Vana-Antsla_vallavalitsus, lk 29
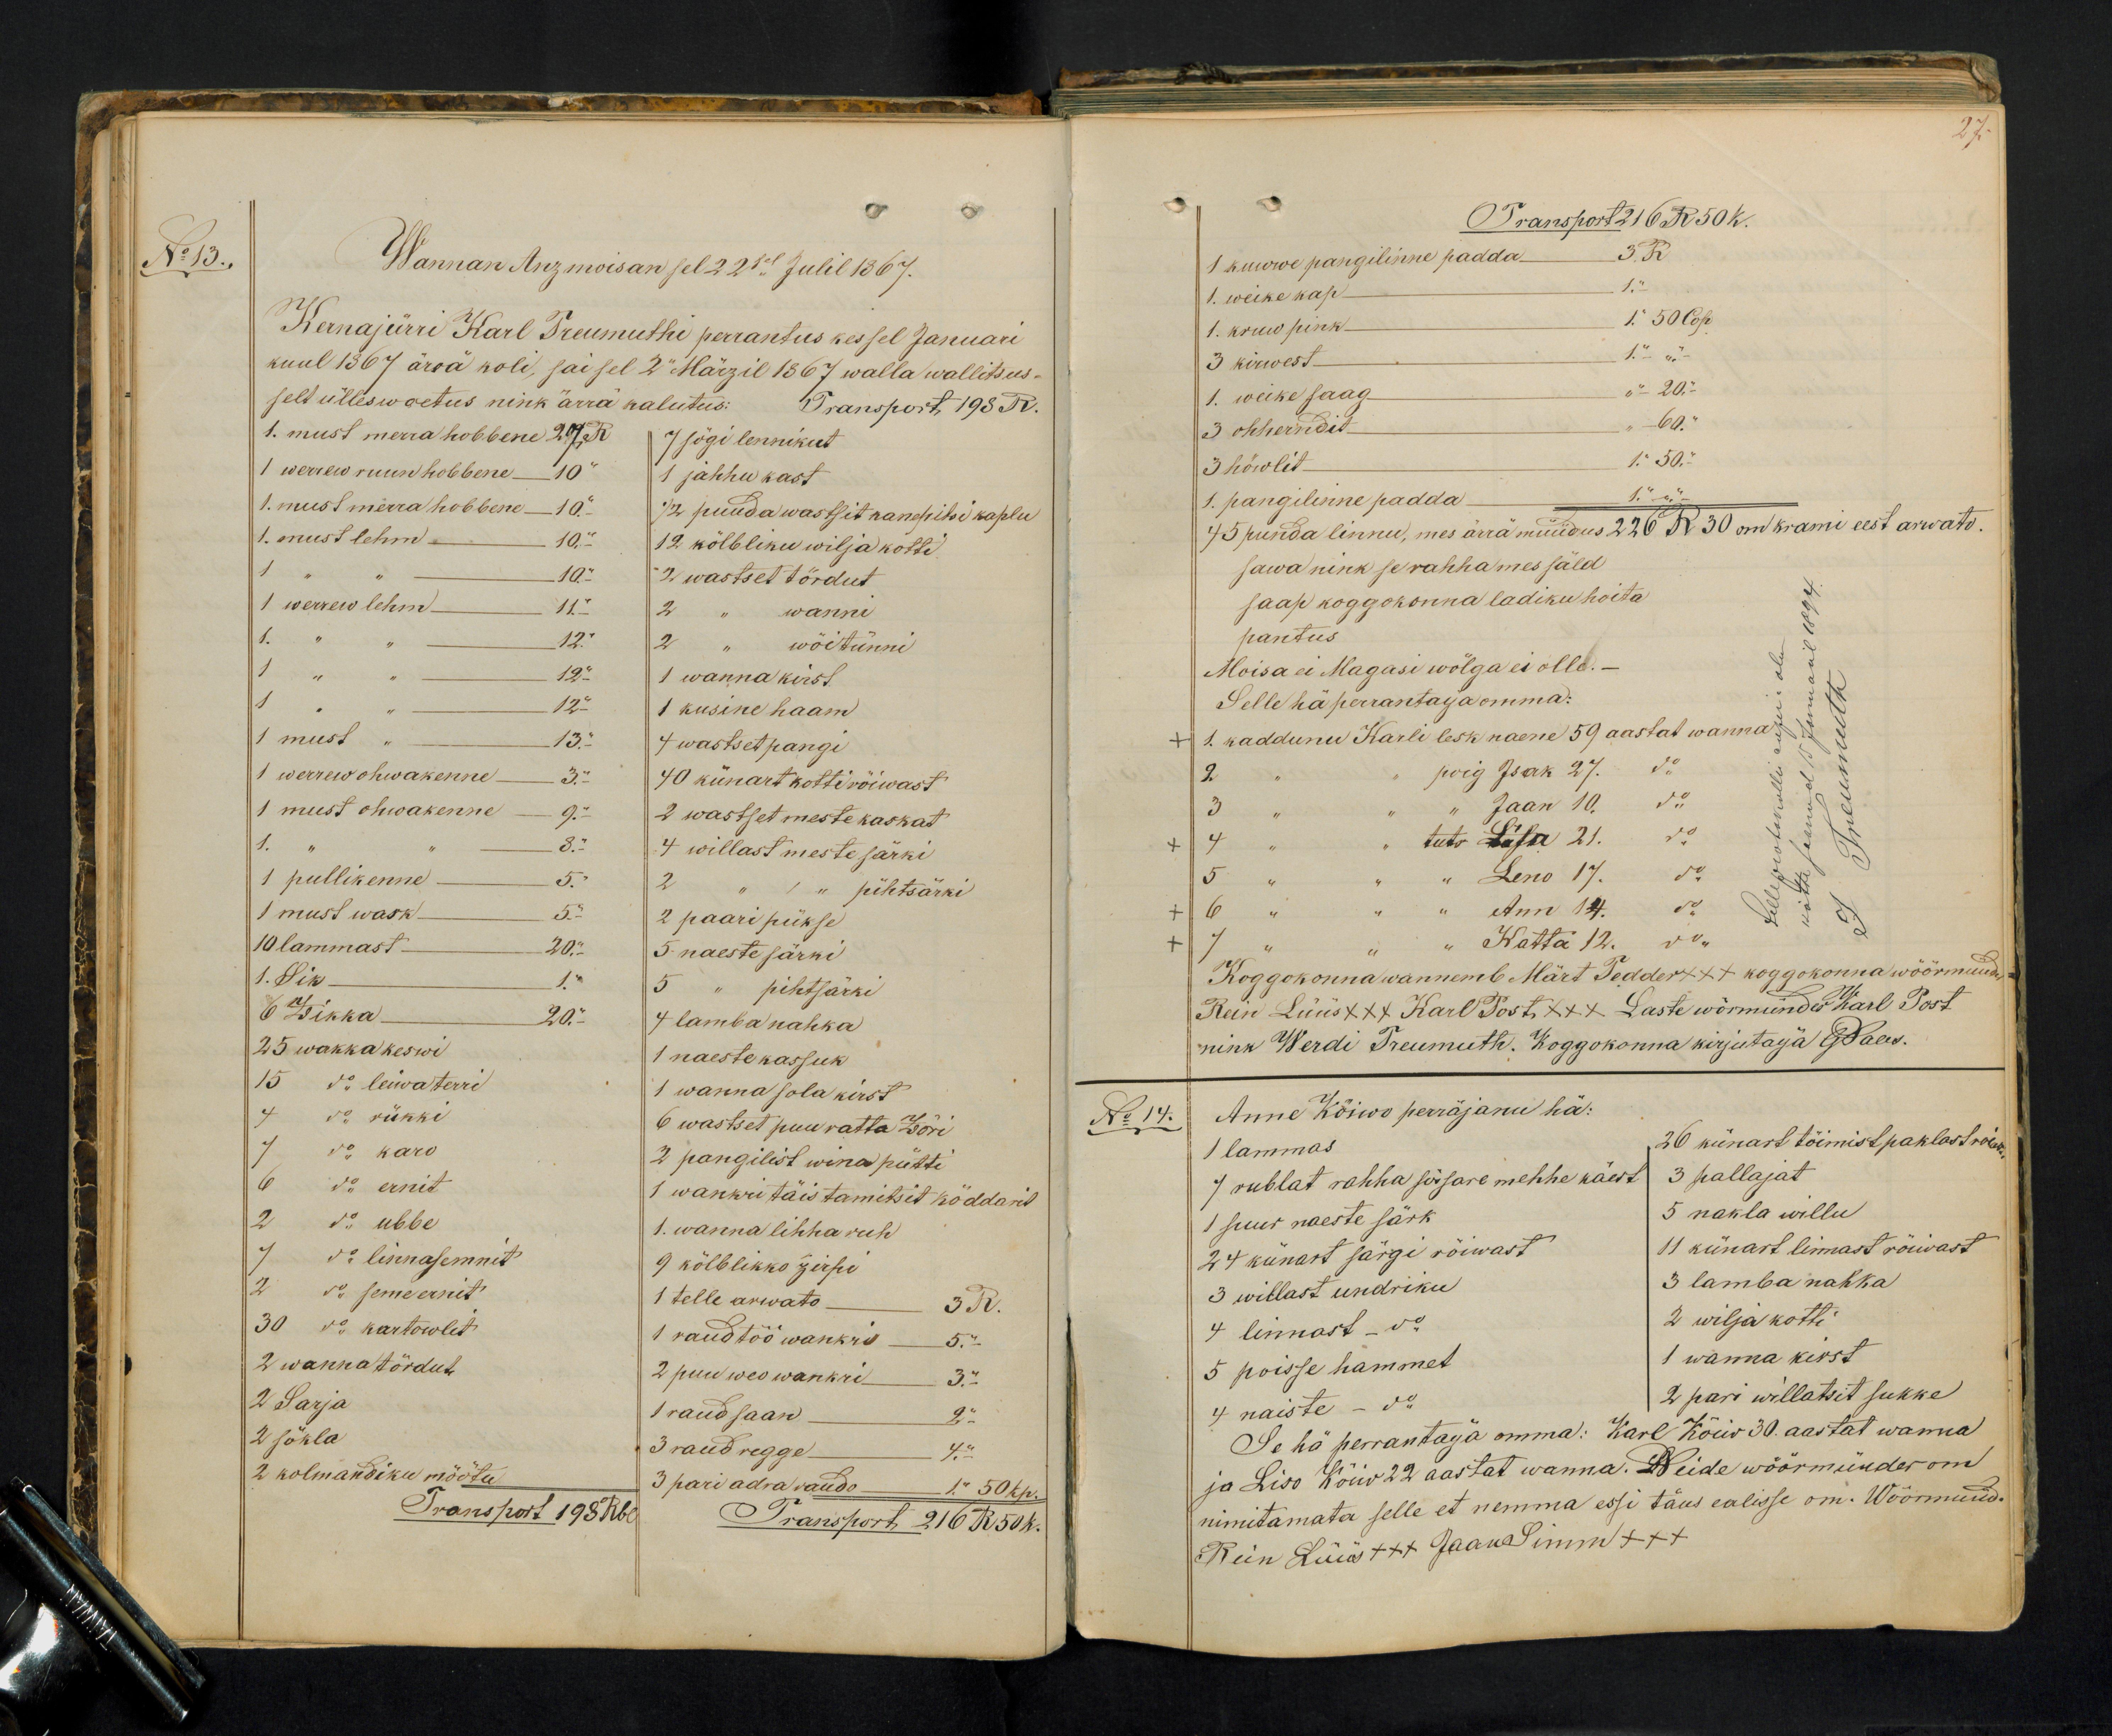
No 13.
Wannan Anzmoisan sel 2sel Julil 1867.
Kernajürri Karl Treumuthi perrantus kes sel Januari
kuul 1867 ärrä koli, sai sel 2. Märzil 1867 walla wallitsus-
selt ülleswoetus nink ärra kalutus: Transport, 198 R.
1. must merra hobbene 27 R.
7 sögi lennikut
1 werrew ruun hobbene 10 "
1 jahhu kast
1. must merra hobbene 10 "
1/2 puuda wastsit kanepitsi kaplu
1. must lehm - 10 "
12 kölbliku wilja kotti
1 " " 10 "
2 wastset tördut
1 werrew lehm 11.
2 " wanni
1. " " 12.
2 " wöitünni
1 " " 12 -
1 wanna kirst
1 " " 12 "
1 kusine haam
1 must " 13. "
4 wastset pangi
1 werrew ohwakenne - 3. -
40 künart kottirõiwast
1 must ohwakenne - 9. -
2 wastset meste kaskat
1 " " 8. -
4 willast meste särki
1 pullikenne - 5. "
2 " 1 " pihtsärki
1 must wask - 5 --
2 paari pükse
10 lammast - 20;
5. naeste särki
1. Sik 1 "
5 " pihtsärki
6 Zikka 20 "
4 lamba nahka
25 wakka keswi
1 naeste kassuk
15 do leiwaterri
1 wanna sola kirst
4 do rükki
6 wastset puu ratta Zõri
7 do karo
2 pangilist wina pütti
6 do ernit
2 do ubbe
1 wankri täis tamitsit köddarit
1. wanna lihha ruh
7 do linnasemnit
9 kõlblikko zirpi
2 do seme ernit
1 telle arwato 3 R.
30 do kartowlit
1 raud töö wankri 5.-
2 wanna tördut.
2 puu weo wankri 3. -
2 Sarja
1 raudsaan - 2 "
2 sökla
3 raud regge - 4. "
2 kolmandiku möötu
3 pari adra raudo 1 " 50 kp.
Transport 193 Rbl
Transport, 216 R 50 k.

27.
Transport 216 R 50 k.
1 kuwwe pangilinne padda 3. R.
1. weike kap 1 "
1. kruw pink 1 " 50 Cop.
3 kirwest 1. - " -
1 weike saag " 20. "
3 ohherndit " 6 “
3 höwlit 1 " 50. "
1. pangilinne padda 1 "-"-
45 punda linnu, mes ärra müüdus 226 R 30 om krami eest arwato.
sawa nink se rahha mes säld
saap koggokonna ladiku hoita
pantus.
Moisa ei Magasi wölga ei olle. -
Selle hä perrantaija omma:
1. kaddunu Karli lesk naene 59 aastat wanna
2 " " poig Isak 27. do
3 " " Jaan 10 do
4 " " tütr Liisa 21. do
5 " " Leno 17. do
6 " " " Ann 14. do
7 " " " Katta 12 do
Koggokonna wannemb Märt Tedder +++ koggokonna wöörmünder
Rein Lüüs XXX Karl Post, XXX Laste wörmünder Karl Post
nink Werdi Treumuth. Koggokonna kirjutaija G.Pales.
No 14.
Anne Kõiwo perräjanu hä:
1 lammas
26 künart töimist paklass roiwa
7 rublat rahha sõsare mehhe käest
3 pallajat
1 suur naeste särk
5 nakla willu
24 künart särgi röiwast
11 künart linnast röiwast
3 willast undriku
3 lamba nahka
4 linnast - do.
2 wilja kotti.
5 poisse hammet
1 wanna kirst
4 naiste - do.
2 pari willatsit sukke
Se hä perrantaija omma: Karl Kõiw 30. aastat wanna
ja Liso Kõiw 22 aastat wanna. Neide wöörmünder om
nimitamata selle et nemma essi täus ealisse om. Wöörmünd.
Rein Lüüs +++ Jaas Simm +++